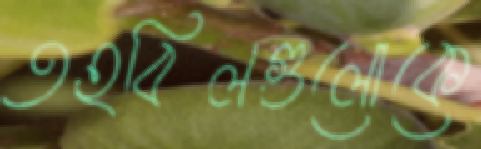
তহবিলগুলোকে